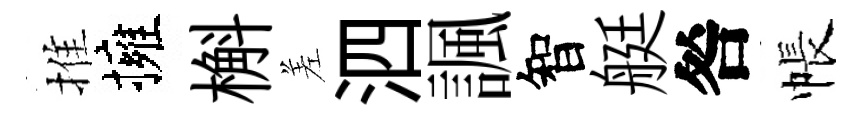
推擁槲差泗諷智艇咎帳